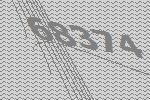
68374